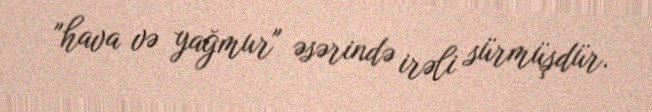
"hava və yağmur" əsərində irəli sürmüşdür.